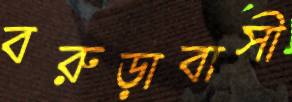
বরুড়াবাসী